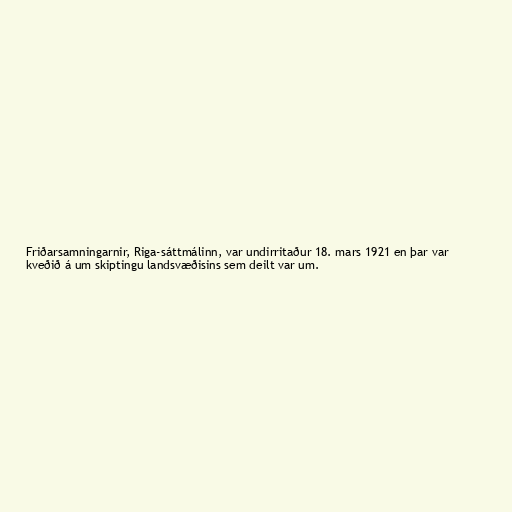
Friðarsamningarnir, Riga-sáttmálinn, var undirritaður 18. mars 1921 en þar var
kveðið á um skiptingu landsvæðisins sem deilt var um.